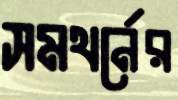
সমথর্নের